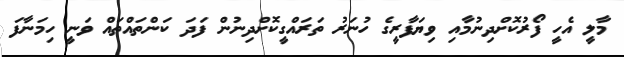
މާލީ އެހީ ފޯރުކޮށްދިނުމާއި ވިޔަފާރީގެ ހުނަރު ތަރައްގީކޮށްދިނުން ފަދަ ކަންތައްތައް ވަނީ ހިމަނާފަ